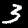
Digit: 3